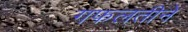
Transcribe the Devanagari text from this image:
गफलतीने